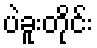
ပဲခူးတိုင်း